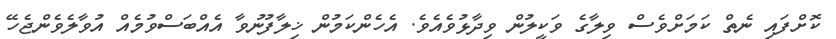
ކޮށްފައި ނެތް ކަމަށްވެސް ވިލާގެ ވަކީލުން ވިދާޅުވެއެވެ. އެހެންކަމުން ޚިލާފުނުވާ އެއްބަސްވުމެއް އުވާލެވެންޖެހޭ